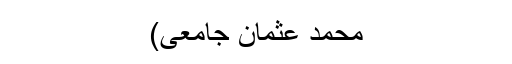
محمد عثمان جامعی)